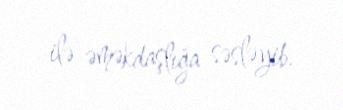
ilə əməkdaşlığa səsləyib.